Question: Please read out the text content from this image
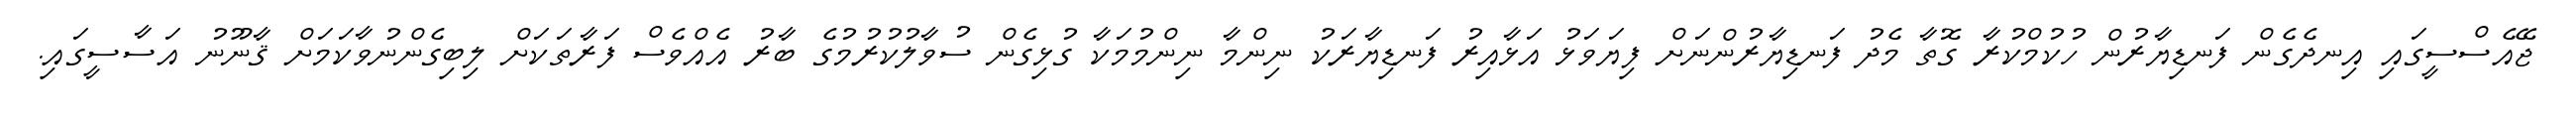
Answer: ޖޭއެސްސީގައި އިނދެގެން ފަނޑިޔާރުން ހުކުމްކުރާ ގޮތާ މެދު ފަނޑިޔާރުންނަށް ފިޔަވަޅު އަޅާއިރު ފަނޑިޔާރަކު ނިންމާ ނިންމުމަކާ ގުޅިގެން ސުވާލުކުރުމުގެ ބާރު އެއްވެސް ފަރާތަކަށް ލިބިގެންނުވާކަމަށް ޤާނޫނު އަސާސީގައި.